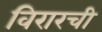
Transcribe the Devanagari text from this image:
विरारची